Materia medica of Madras volume I
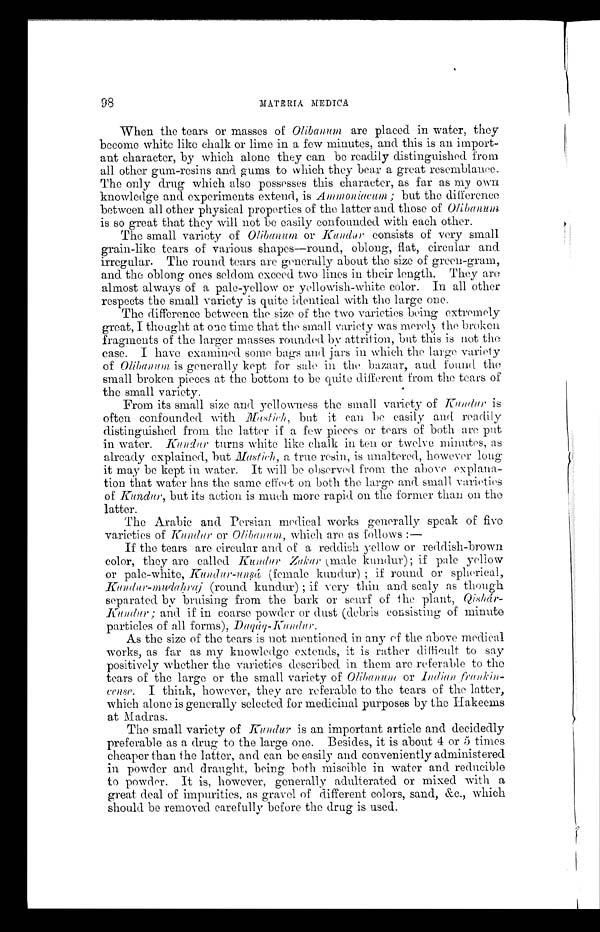
98
MATE RIA MEDICA
When the tears or masses of Olibanum are placed in water, they
become white like chalk or lime in a few minutes, and this is an import-
ant character, by which alone they can be readily distinguished from
all other gum-resins and gums to which they bear a great resemblance.
The only drug which also possesses this character, as far as my own
knowledge and experiments extend, is Ammoniacum ; but the difference
between all other physical properties of the latter and those of O l i b a n u m
is so great that they will not be easily confounded with each other.
The small variety of Olibanum or Kudur consists of very small
grain-like tears of various shapes—round, oblong, flat, circular and
irregular. The round tears are generally about the size of green-gram,
and the oblong ones seldom exceed two lines in their length. They are
almost always of a pale-yellow or yellowish-white color. In all other
respects the small variety is quite identical with the large one.
The difference between the size of the two varieties being extremely
great, I thought at one time that the small variety was merely the broken
fragments of the larger masses rounded by attrition, but this is not the
case. I have examined some bags and jars in which the large variety
of Olibanum is generally kept for sale in the bazaar, and found the
small broken pieces at the bottom to be quite different from the tears of
the small variety.
From its small size and yellowness the small variety of Kundur is
often confounded with Masti ch, but it can be easily and readily
distinguished from the latter if a few pieces or tears of both are put
in water. Kundur turns white like chalk in ten or twelve minutes, as
already explained, but Mastich, a true resin, is unaltered, however long
it may be kept in water. It will be observed from the above explan
a - t i o n t h a t w a t e r h a s t h e s a m e e f f e c t o n b o t h t h e l a r g e a n d s m a l l v a r i e t i e s
of K u n d u r ,
but its action is much more rapid on the former than on the
latter.
The Arabic and Persian medical works generally speak of five
varieties of Kundur or Olibanum, which are as follows :
—
If the tears are circular and of a reddish yellow or reddish-brown
color, they are called Kundur Zakar( m a l e
k u n d u r ) ; i f p a l e y e l l o w
or pale-white, Kundur-unsá (female kundur) ; if round or spherical,
Kundur-mudahraj (round kunder) ; if very thin and scaly as though
separated by bruising from the bark or scurf of the plant,
Qishár-Kundur ; and if in coarse powder or dust (debris consisting of minute
particles of all forms), Daqáq- Kundu r .
As the size of the tears is not mentioned in any of the above medical
works, as far as my knowledge extends, it is rather difficult to say
positively whether the varieties described in them are referable to the
tears of the large or the small variety of Olibanum or I n d i a n
f r a n k i n - c e n s e .
I t h i n k , h o w e v e r , t h e y a r e r e f e r a b l e t o t h e t e a r s o f t h e l a t t e r ,
which alone is generally selected for medicinal purposes by the Hakeems
at Madras.
The small variety of Kundur is an important article and decidedly
preferable as a drug to the large one. Besides, it is about 4 or 5 times
cheaper than the latter, and can be easily and conveniently administered
in powder and draught, being both miscible in water and reducible
to powder. It is, however, generally adulterated or mixed with a
great deal of impurities, as gravel of different colors, sand, &c., which
should be removed carefully before the drug is used.